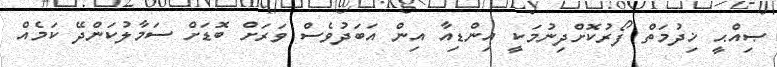
ޞިއްޙީ ޚިދުމަތް ފޯރުކޮށްދިނުމަކީ އިންޑިއާ އިން އަބަދުވެސް ވަރަށް ބޮޑަށް ސަމާލުކަންދޭ ކަމެއް